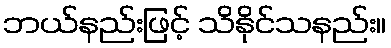
ဘယ်နည်းဖြင့် သိနိုင်သနည်း။